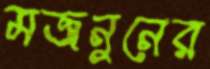
মজনুনের